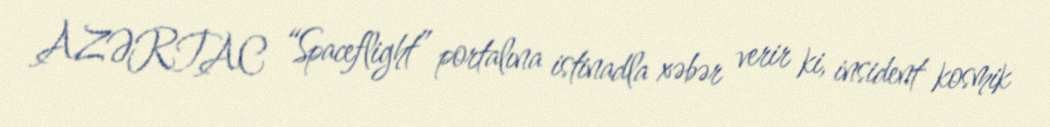
AZƏRTAC “Spaceflight” portalına istinadla xəbər verir ki, insident kosmik